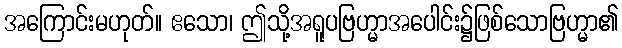
အကြောင်းမဟုတ်။ ဧသော၊ ဤသို့အရူပဗြဟ္မာအပေါင်း၌ဖြစ်သောဗြဟ္မာ၏